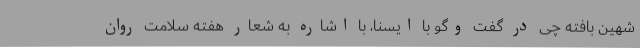
شهین بافته چی در گفت وگو با ایسنا، با اشاره به شعار هفته سلامت روان